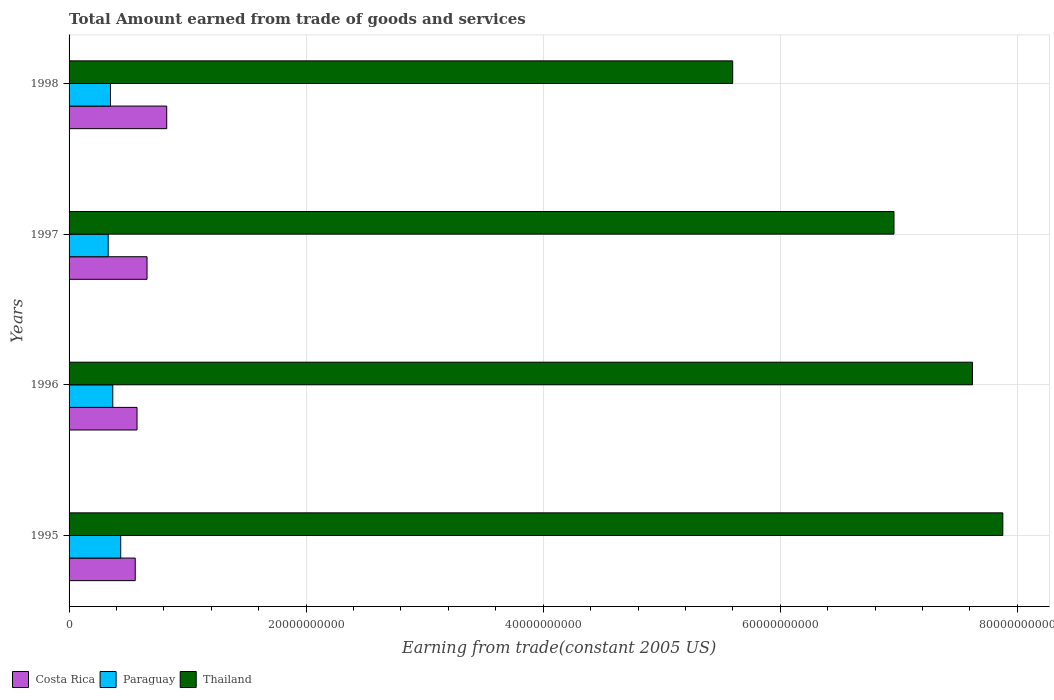
| Years | Costa Rica | Paraguay | Thailand |
 | --- | --- | --- | --- |
 | 1995 | 5.58e+09 | 4.36e+09 | 7.88e+10 |
 | 1996 | 5.73e+09 | 3.69e+09 | 7.62e+10 |
 | 1997 | 6.58e+09 | 3.3e+09 | 6.96e+10 |
 | 1998 | 8.24e+09 | 3.49e+09 | 5.6e+10 |